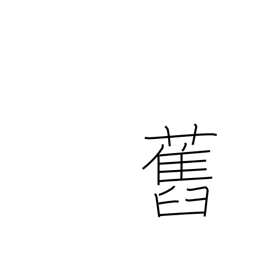
Meaning: ex-